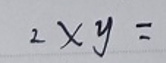
$2\times y=$